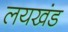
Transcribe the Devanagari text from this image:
लयखंड